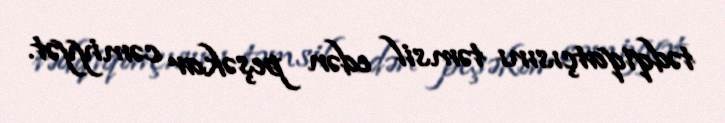
tədqiqatçısını təmsil edən peşəkar cəmiyyət.